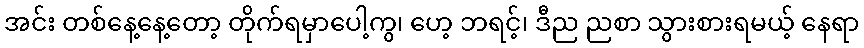
အင်း တစ်နေ့နေ့တော့ တိုက်ရမှာပေါ့ကွ၊ ဟေ့ ဘရင့်၊ ဒီည ညစာ သွားစားရမယ့် နေရာ